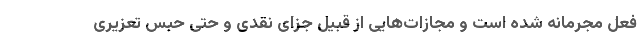
فعل مجرمانه شده است و مجازات‌هایی از قبیل جزای نقدی و حتی حبس تعزیری